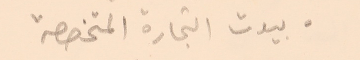
●بيوت التجارة المتخصصة